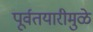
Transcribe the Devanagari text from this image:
पूर्वतयारीमुळे